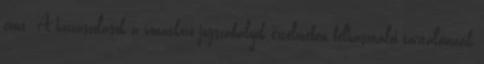
címe: A hozzászólások a vonatkozó jogszabályok értelmében felhasználói tartalomnak